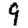
Digit: 9